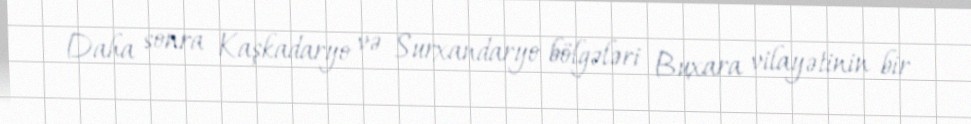
Daha sonra Kaşkadaryo və Surxandaryo bölgələri Buxara vilayətinin bir